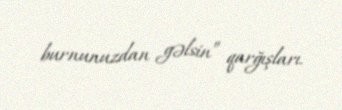
burnunuzdan gəlsin” qarğışları.